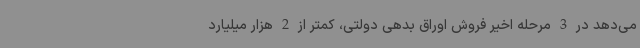
می‌دهد در 3 مرحله اخیر فروش اوراق بدهی دولتی، کمتر از 2 هزار میلیارد